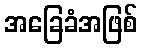
အခြေခံအဖြစ်